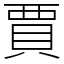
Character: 賈